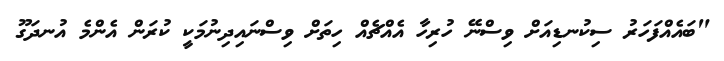
"ބައެއްފަހަރު ސިކުނޑިއަށް ވިސްނޭ ހުރިހާ އެއްޗެއް ހިތަށް ވިސްނައިދިނުމަކީ ކުރަން އެންމެ އުނދަގޫ